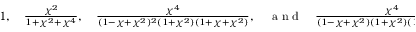
\textstyle 1 , \quad \frac { \chi ^ { 2 } } { 1 + \chi ^ { 2 } + \chi ^ { 4 } } , \quad \frac { \chi ^ { 4 } } { ( 1 - \chi + \chi ^ { 2 } ) ^ { 2 } ( 1 + \chi ^ { 2 } ) ( 1 + \chi + \chi ^ { 2 } ) } , \quad \mathrm { ~ a ~ n ~ d ~ } \quad \frac { \chi ^ { 4 } } { ( 1 - \chi + \chi ^ { 2 } ) ( 1 + \chi ^ { 2 } ) ( 1 + \chi + \chi ^ { 2 } ) ^ { 2 } } .